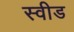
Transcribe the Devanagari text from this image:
स्वीड